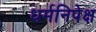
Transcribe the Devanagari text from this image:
धर्मनिपेक्ष